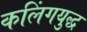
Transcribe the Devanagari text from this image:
कलिंगयुद्ध